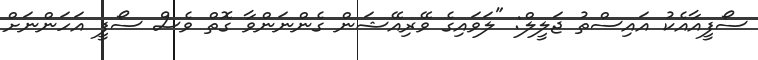
ސޯފީއާއެކު އައިސްތު ޖަލީލް: "ލަވައިގެ ވޭރިއޭޝަން ގެންނަންވާ ގޮތް ވެސް ސޯފީ އަހަންނަށް